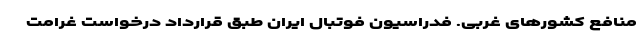
منافع کشورهای غربی. فدراسیون فوتبال ایران طبق قرارداد درخواست غرامت